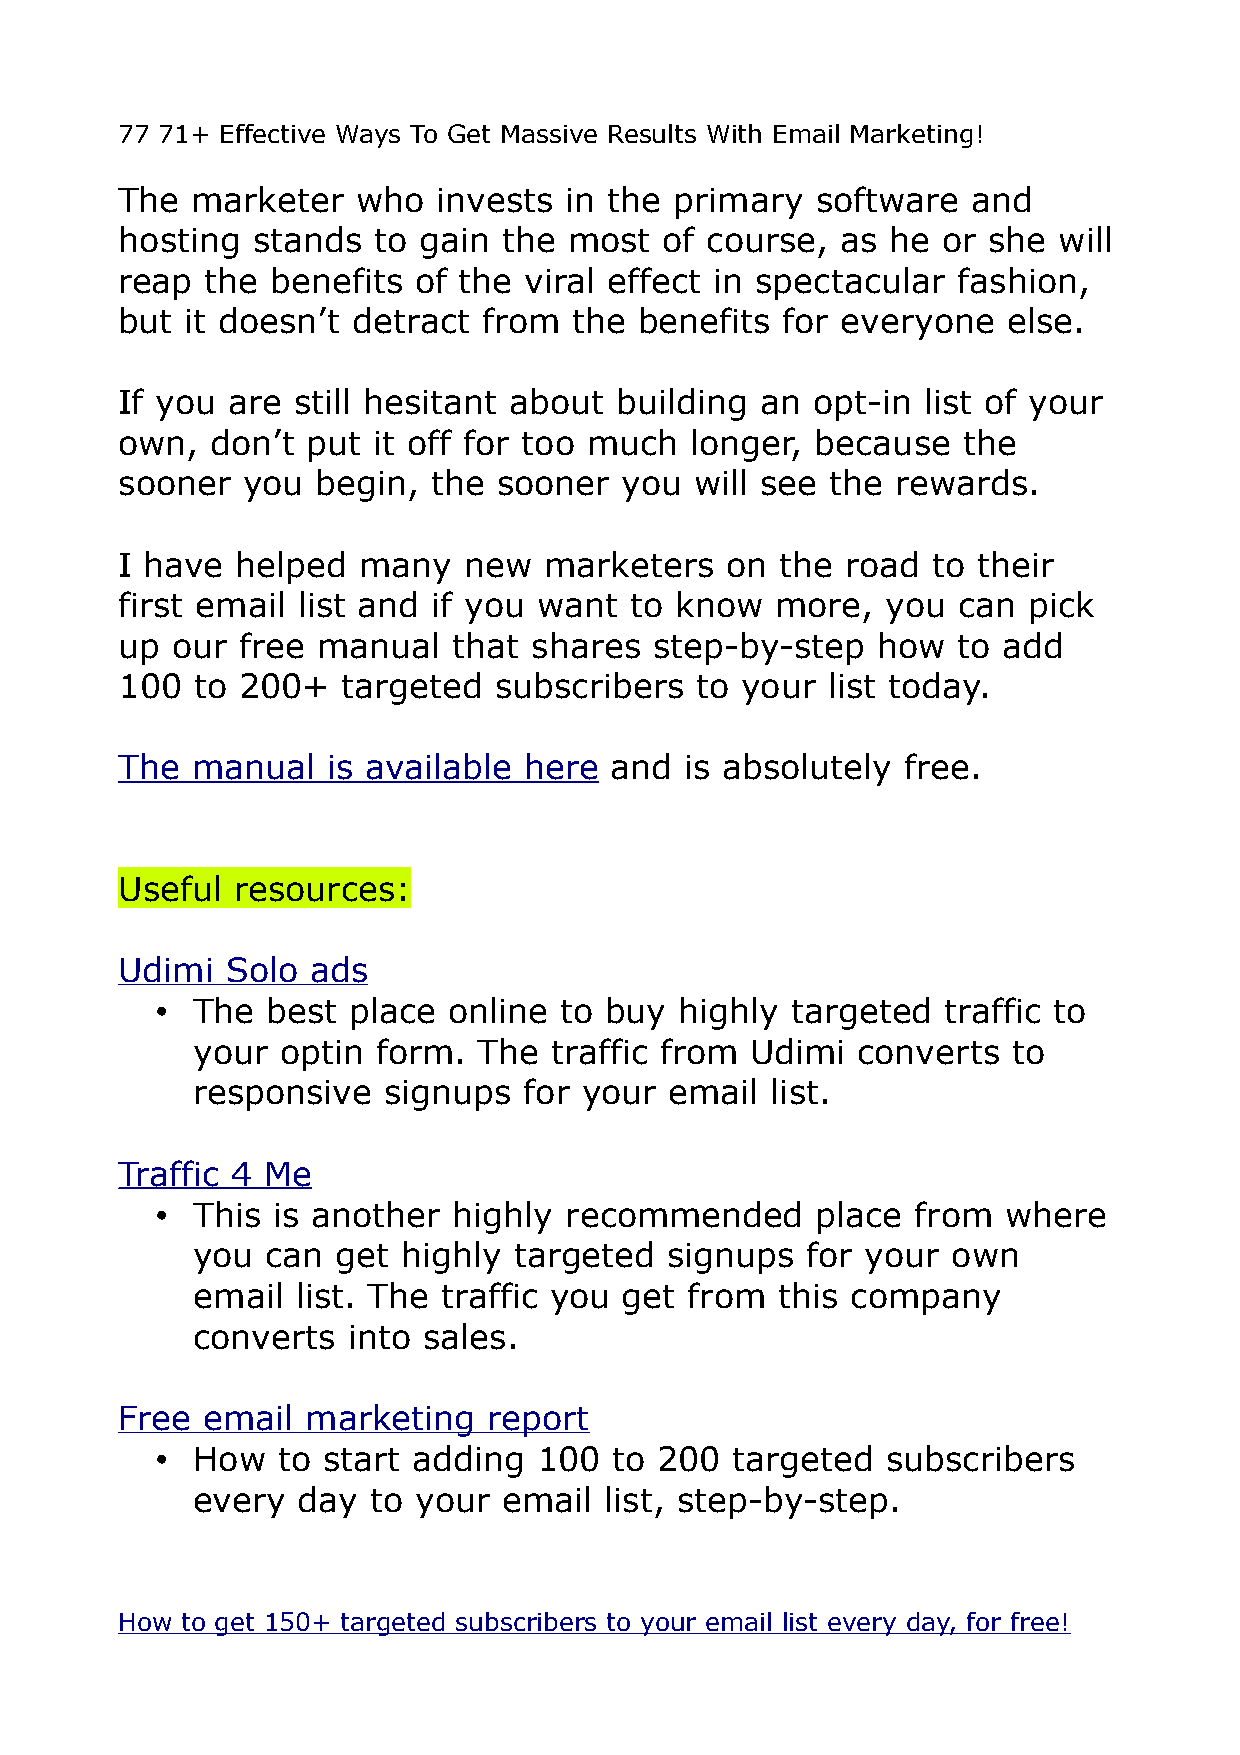
77 71+ Effective Ways To Get Massive Results With Email Marketing!
 The  marketer   who  invests in the  primary  software  and
 hosting  stands  to gain the  most  of course,  as he or she  will
 reap  the benefits of the  viral effect in spectacular fashion,
 but it doesn’t detract  from  the benefits  for everyone   else.
 If you are still hesitant about  building an  opt-in list of your
 own,  don’t put  it off for too much  longer, because   the
 sooner  you  begin,  the sooner  you  will see the rewards.
 I have  helped  many   new  marketers   on  the road  to their
 first email list and if you want  to know  more,   you can  pick
 up our  free manual   that shares  step-by-step   how  to add
 100  to 200+   targeted  subscribers  to your  list today.
 The  manual   is available here and  is absolutely  free.
 Useful resources:
 Udimi  Solo  ads
 •  The  best place  online to buy  highly targeted   traffic to
 your  optin form.  The  traffic from Udimi  converts  to
 responsive  signups   for your email  list.
 Traffic 4 Me
 •  This is another  highly recommended      place  from  where
 you  can get  highly targeted  signups  for your  own
 email  list. The traffic you get from this company
 converts  into sales.
 Free email  marketing   report
 •  How  to start adding   100 to 200  targeted   subscribers
 every  day  to your email  list, step-by-step.
 Build and Grow Your List Fast eBoo
 How to get 150+ targeted subscribers to your email list every day, for free!